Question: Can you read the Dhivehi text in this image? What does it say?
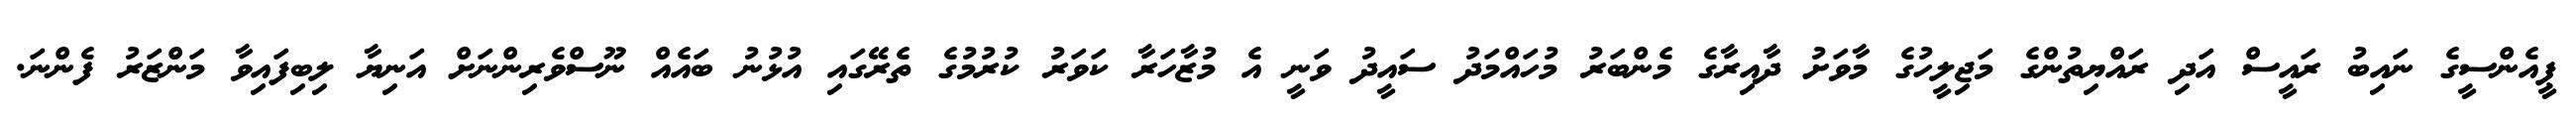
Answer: ޕީއެންސީގެ ނައިބު ރައީސް އަދި ރައްޔިތުންގެ މަޖިލީހުގެ މާވަށު ދާއިރާގެ މެންބަރު މުހައްމަދު ސައީދު ވަނީ އެ މުޒާހަރާ ކަވަރު ކުރުމުގެ ތެރޭގައި އުޅުނު ބައެއް ނޫސްވެރިންނަށް އަނިޔާ ލިބިފައިވާ މަންޒަރު ފެންނަ.